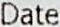
DATE